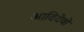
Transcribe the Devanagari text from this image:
आदिदेवो